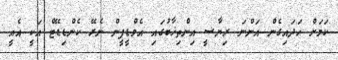
ކަމަށް ހަދައިގެން އަންނަ ރިޔާސީ އިންތިޚާބުގައި އެމްޑީޕީން ނެރޭ ކެންޑިޑޭޓް އަކީ އެއީ